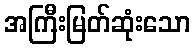
အကြီးမြတ်ဆုံးသော